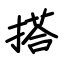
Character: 搭